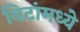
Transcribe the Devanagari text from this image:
विटांमध्ये